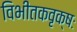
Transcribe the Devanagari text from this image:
विभीतकवृक्षः